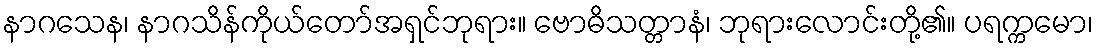
နာဂသေန၊ နာဂသိန်ကိုယ်တော်အရှင်ဘုရား။ ဗောဓိသတ္တာနံ၊ ဘုရားလောင်းတို့၏။ ပရက္ကမော၊